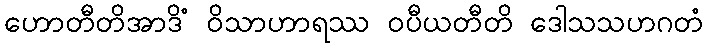
ဟောတီတိအာဒိံ ဝိသာဟာရဿ ဝပီယတီတိ ဒေါသသဟဂတံ